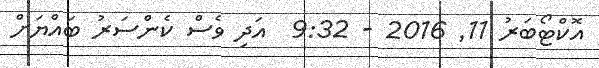
އޮކްޓޯބަރު 11